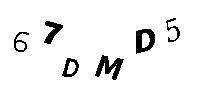
67DMD5